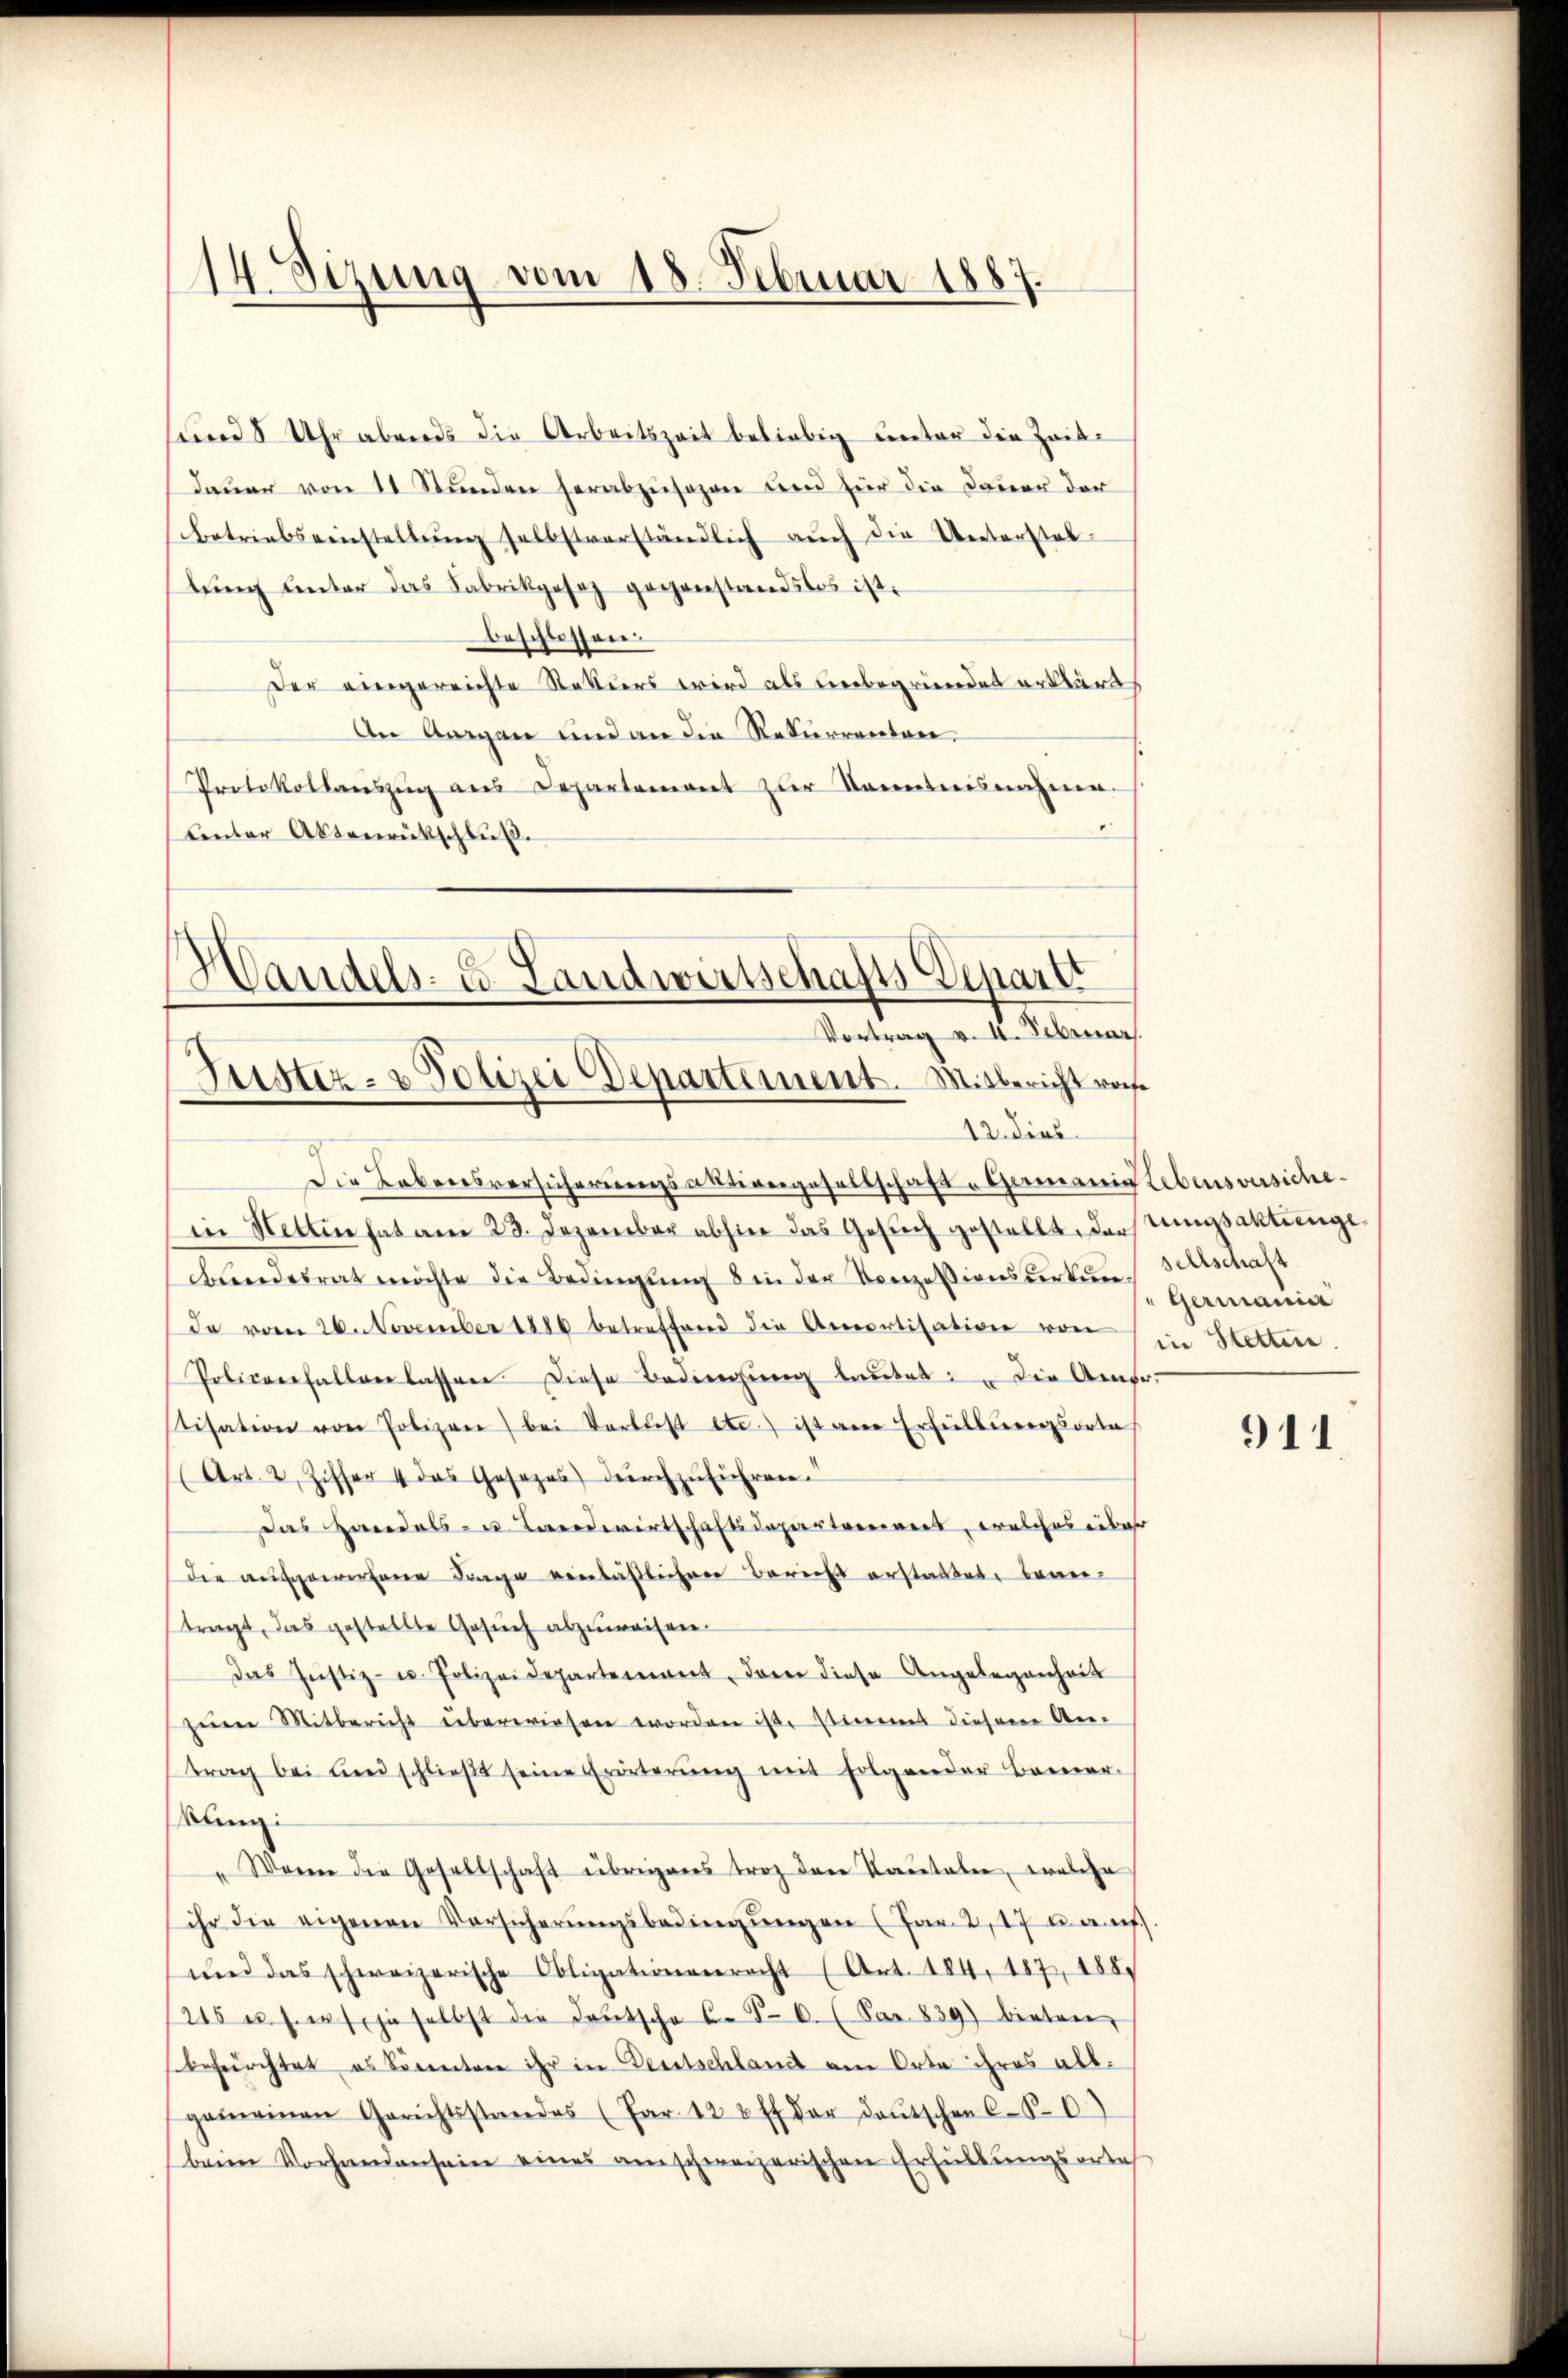
14. Sizung vom 18. Februar 1887.

sund 8 Uhr abends die Arbeitszeit beliebig unter die Zeit
daŭer von 11 Stŭnden herabzŭsozen und für die Dauer der
betriebseinstellŭng selbstverständlich aŭch die Unterstab
lŭng ŭnter das Fabrikgesez gegenstandslos ist.
beschlossen.
Der eingereichte Stattiers wird als unbegründet erklärt,
An Aargau und an die Rekurrenten
Protokollauszug aus Departement zur Kenntnisnahme.
Centor Aktenrückschluß.
Die Lebensversicherungsaktivngesellschaft - Gamanig Lebensversiche.
in Hettin hat am 23. Dezember abhier das Gesŭch gestellt, das tungsaktienge¬
Bundesrat möchte die Bedingŭng 8 in der Konzessionsverken seltschaft
da vom 26. November 1886 betreffend die Amortisation von
Pobicoeefallen lassen diese Bedingung lautet: Die Amfr.
Stisation von Polizen bei Verlust etc.) ist an Erfüllungsorte
(Art. 2, Ziffer 4 das Gesezes dŭrchzŭführen.
Das Handels- u. Landwirtschaftsdeparterriert, welches ebe
die ausgewiesene Frage einläßlichen Bericht erstattete beantragt, das gestellte Gesŭch abzuweisen.
das Justiz- u. Polizeidepartement, der diese Angelegenheit
zum Mitbericht überwiesen worden ist stimmt diesem An-
trag bei und schlieβt seine Erörterŭng mit folgender Bemer-
kling:
Waren die Gesellschaft übrigeres trag der Kautaben, welche
ihr die eigenen Versicherŭngsbedingŭngen (Par. 2, 17 u. auf
und das schweizerische Obligationenrecht (Art. 184, 187, 188
215 u. s. w. ja selbst die Deutscha C. 56. (Par. 839) bieten,
befürchtet es docentone ihr in Deutschland am Orte ihres allgemeinen Gerichtsstandes (Par. 12 uff der deŭtschen C. P. C.)
beim Vorhandensein eines am schweizerischen Erfüllungsortes

.
Handels- u. Landwirtschafts-Departi
Vortrag v. II. Februar.
Justiz- & Polizei Departement. Mitbericht vo
12. dies

Germann
in Stetten.

911.